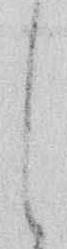
し